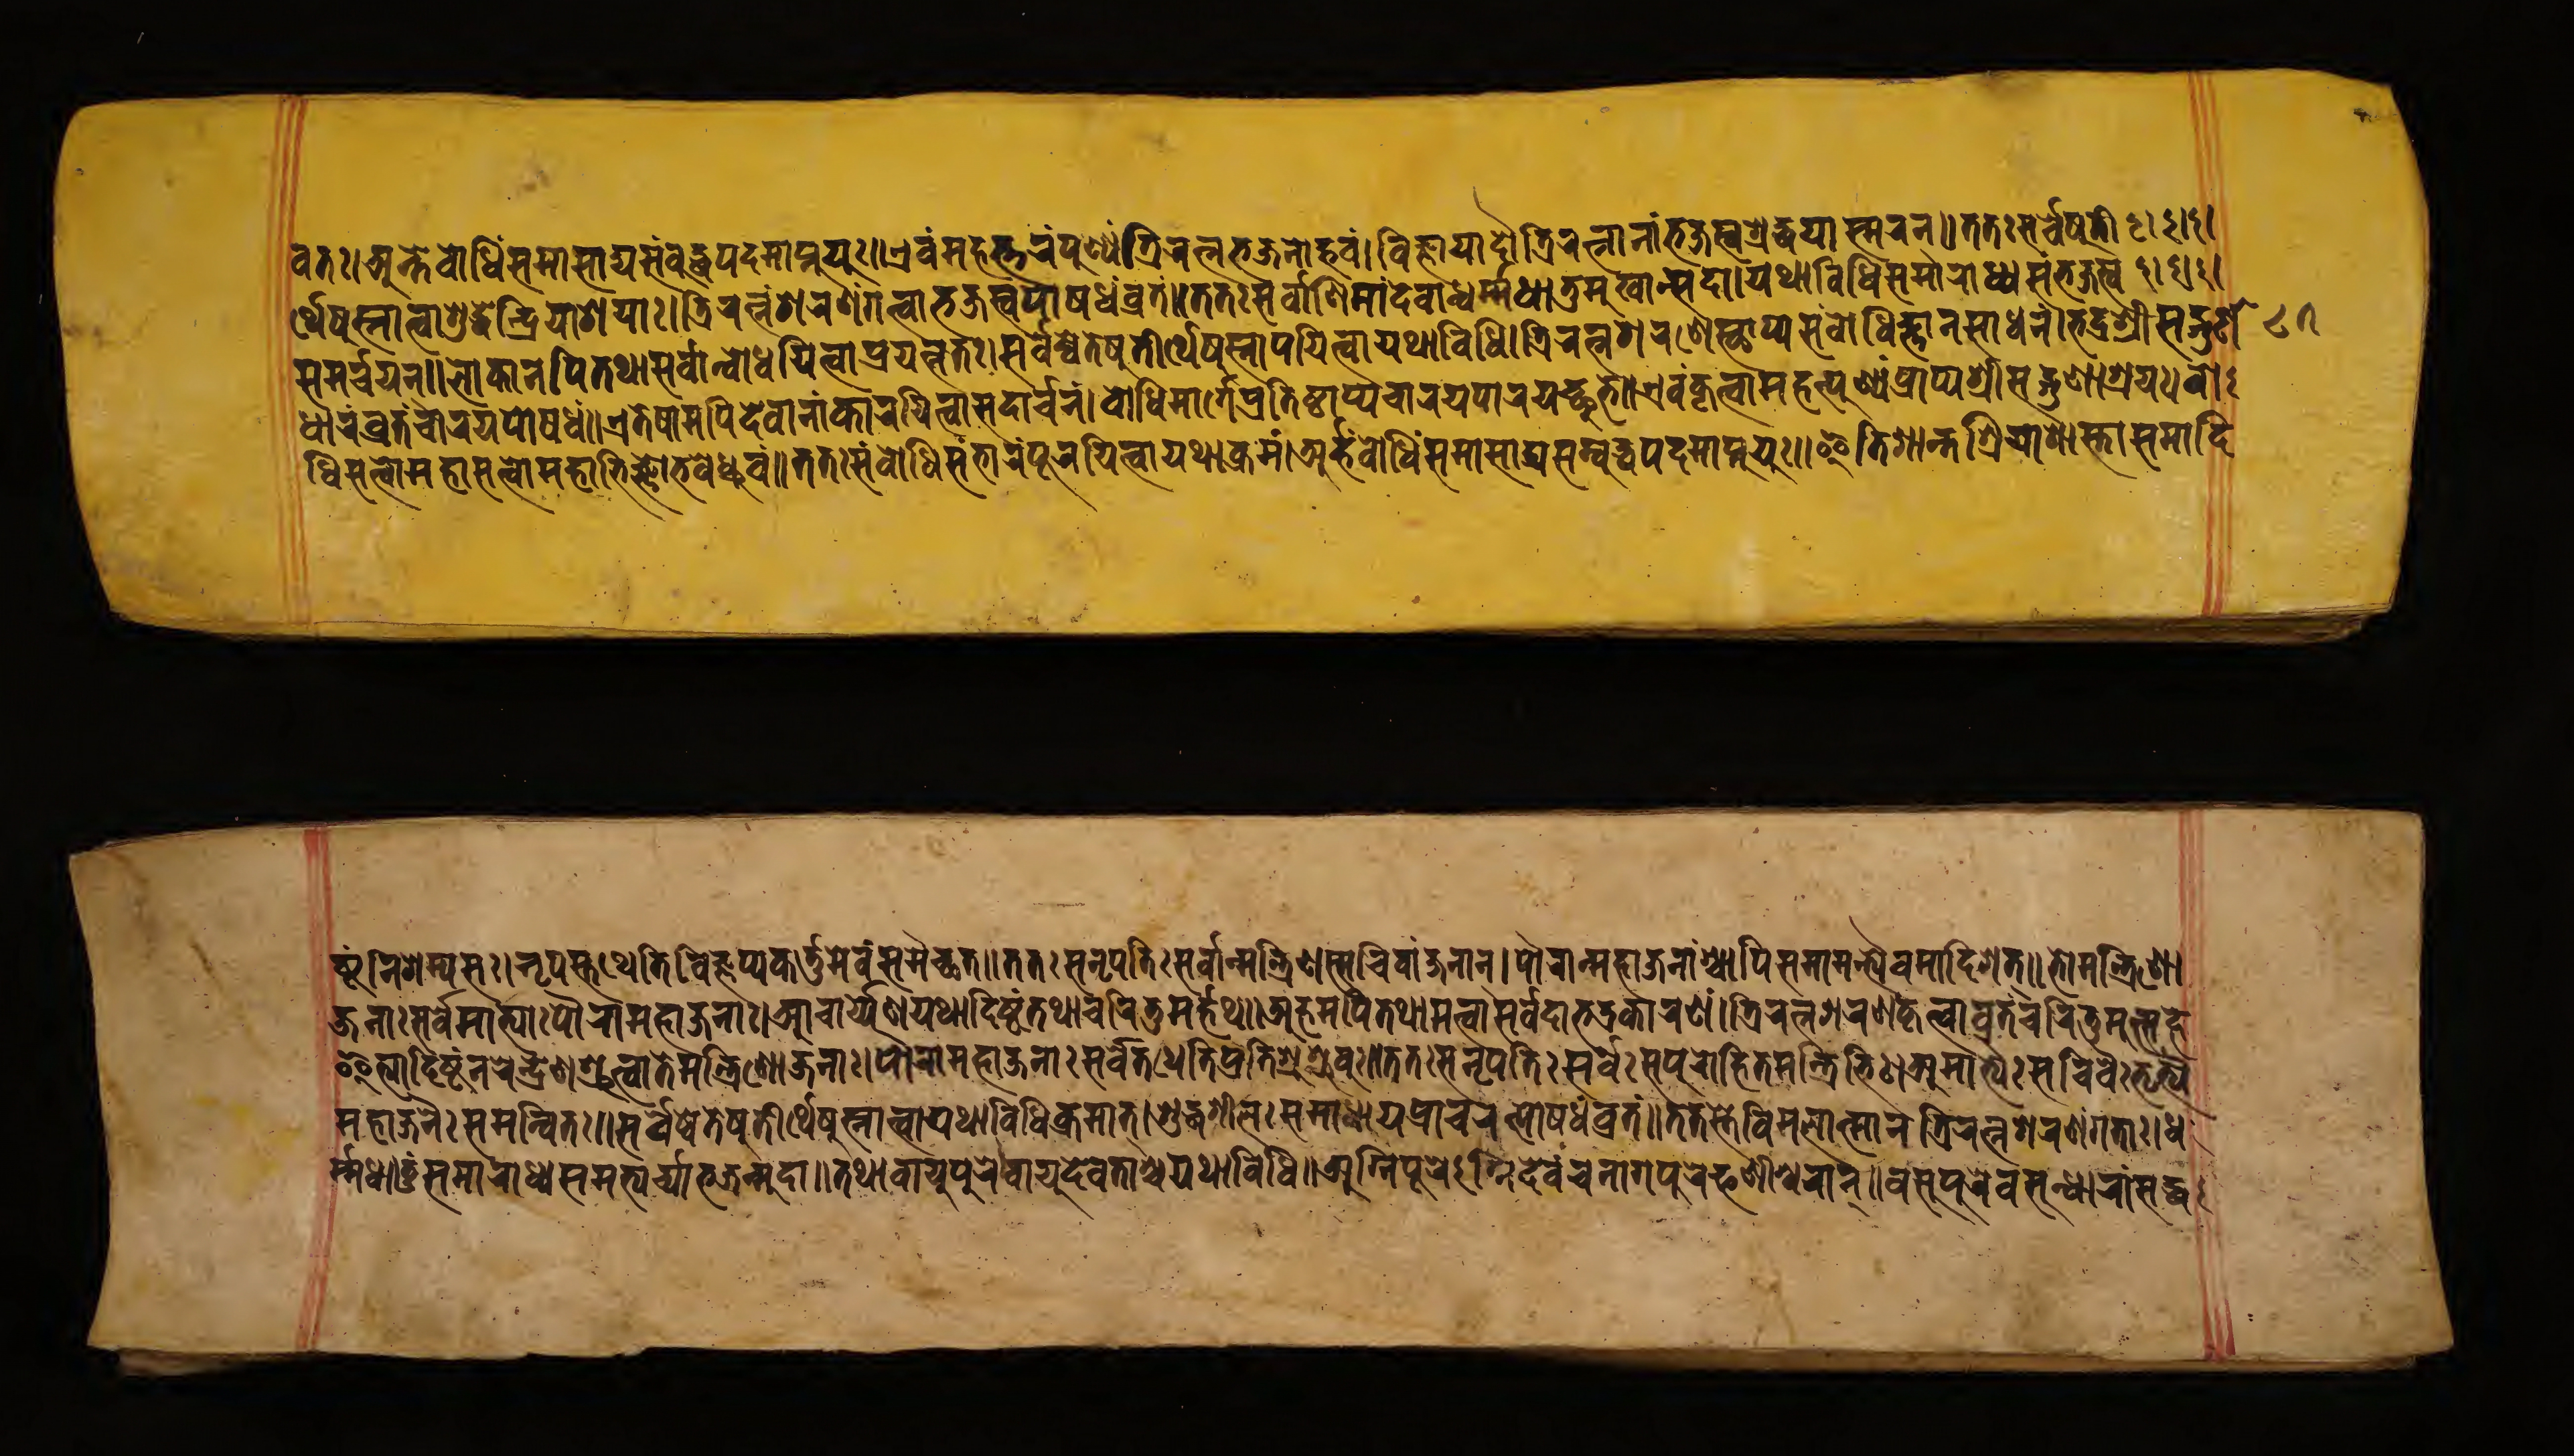
𑐰𑐟𑑅𑑋𑐀𑐣𑑂𑐟𑐾𑐧𑑀𑐢𑐶𑑄𑐳𑐩𑐵𑐳𑐵𑐡𑑂𑐫𑐳𑑄𑐧𑐸𑐡𑑂𑐢𑐥𑐡𑐩𑐵𑐥𑑂𑐣𑐸𑐫𑐸𑑅𑑌𑐊𑐰𑑄𑐩𑐴𑐟𑑂𑐟𑐬𑑄𑐥𑐸𑐞𑑂𑐫𑑄𑐟𑑂𑐬𑐶𑐬𑐟𑑂𑐣𑐨𑐖𑐣𑐵𑐡𑑂𑐨𑐰𑑄𑑋𑐰𑐶𑐖𑑂𑐘𑐵𑐫𑐵𑐡𑑁𑐟𑑂𑐬𑐶𑐬𑐟𑑂𑐣𑐵𑐣𑐵𑑄𑐨𑐖𑐳𑑂𑐰𑐱𑑂𑐬𑐡𑑂𑐢𑐫𑐵𑐳𑑂𑐩𑐬𑐣𑑂𑑌𑐟𑐟𑑅𑐳𑐬𑑂𑐰𑐾𑐲𑐸𑐟𑐷 𑐬𑑂𑐠𑐾𑐲𑐸𑐳𑑂𑐣𑐵𑐟𑑂𑐰𑐵𑐱𑐸𑐡𑑂𑐢𑐾𑐣𑑂𑐡𑑂𑐬𑐶𑐫𑐵𑐱𑐫𑑅𑑋𑐟𑑂𑐬𑐶𑐬𑐟𑑂𑐣𑑄𑐱𑐬𑐞𑑄𑐐𑐟𑑂𑐰𑐵𑐨𑐖𑐳𑑂𑐰𑐥𑑀𑐲𑐢𑑄𑐰𑑂𑐬𑐟𑑄𑑌𑐟𑐟𑑅𑐳𑐬𑑂𑐰𑐵𑐣𑐶𑐩𑐵𑐣𑑂𑐡𑐾𑐰𑐵𑐣𑑂𑐢𑐬𑑂𑐩𑑂𑐩𑐢𑐵𑐟𑐸𑐩𑐸𑐏𑐵𑐣𑑂𑐳𑐡𑐵𑑋𑐫𑐠𑐵𑐰𑐶𑐢𑐶𑐳𑐩𑐵𑐬𑐵𑐢𑑂𑐫𑐳𑑄𑐨𑐖𑐳𑑂𑐰 𑐳𑐩𑐬𑑂𑐔𑐫𑐣𑑂𑑌𑐮𑑀𑐎𑐵𑐣𑐥𑐶𑐟𑐠𑐵𑐳𑐬𑑂𑐰𑐵𑐣𑑂𑐧𑑀𑐢𑐫𑐶𑐟𑑂𑐰𑐵𑐥𑑂𑐬𑐫𑐟𑑂𑐣𑐟𑑅𑑋𑐳𑐬𑑂𑐰𑐾𑐲𑑂𑐰𑐾𑐟𑐾𑐲𑐸𑐟𑐷𑐬𑑂𑐠𑐾𑐲𑐸𑐳𑑂𑐣𑐵𑐥𑐫𑐶𑐟𑑂𑐰𑐵𑐫𑐠𑐵𑐰𑐶𑐢𑐶𑑄𑑌𑐟𑑂𑐬𑐶𑐬𑐟𑑂𑐣𑐱𑐬𑐞𑐾𑐳𑑂𑐠𑐵𑐥𑑂𑐫𑐳𑑄𑐧𑑀𑐢𑐶𑐖𑑂𑐘𑐵𑐣𑐳𑐵𑐢𑐣𑑄𑑋𑐨𑐡𑑂𑐱𑑂𑐬𑐷𑐳𑐟𑑂𑐐𑐸𑐞𑐵𑐢𑐵 𑐬𑑄𑐔𑐵𑐬𑐫𑐥𑑀𑐲𑐢𑑄𑐰𑑂𑐬𑐟𑑄𑑌𑐊𑐟𑐾𑐲𑐵𑐩𑐥𑐶𑐡𑐾𑐰𑐵𑐣𑐵𑑄𑐎𑐵𑐬𑐫𑐶𑐟𑑂𑐰𑐵𑐳𑐡𑐵𑐬𑑂𑐔𑐣𑑄𑑋𑐧𑑀𑐢𑐶𑐩𑐵𑐬𑑂𑐐𑐾𑐥𑑂𑐬𑐟𑐶𑐲𑑂𑐛𑐵𑐥𑑂𑐫𑐔𑐵𑐬𑐫𑐥𑐵𑐮𑐫𑐘𑑂𑐕𑐸𑐨𑐾𑑌𑐊𑐰𑑄𑐎𑐺𑐟𑑂𑐰𑐵𑐩𑐴𑐟𑑂𑐥𑐸𑐞𑑂𑐫𑑄𑐥𑑂𑐬𑐵𑐥𑑂𑐫𑐱𑑂𑐬𑐷𑐳𑐡𑑂𑐐𑐸𑐞𑐵𑐱𑑂𑐬𑐫𑑅𑑋𑐧𑑀 𑐢𑐶𑐳𑐟𑑂𑐟𑑂𑐰𑐩𑐴𑐵𑐳𑐟𑑂𑐟𑑂𑐰𑐩𑐴𑐵𑐨𑐶𑐖𑑂𑐘𑐵𑐨𑐰𑐾𑐡𑑂𑐢𑑂𑐬𑐸𑐰𑑄𑑌𑐟𑐟𑑅𑐳𑑄𑐧𑑀𑐢𑐶𑐳𑑄𑐨𑐵𑐬𑑄𑐥𑐹𑐬𑐫𑐶𑐟𑑂𑐰𑐵𑐫𑐠𑐵𑐎𑑂𑐬𑐩𑑄𑑋𑐀𑐬𑑂𑐴𑐣𑑂𑐧𑑀𑐢𑐶𑑄𑐳𑐩𑐵𑐳𑐵𑐡𑑂𑐫𑐳𑑄𑐧𑐸𑐡𑑂𑐢𑐥𑐡𑐩𑐵𑐥𑑂𑐣𑐸𑐫𑐵𑑅𑑌𑐂𑐟𑐶𑐱𑐵𑐣𑑂𑐟𑐱𑑂𑐬𑐶𑐫𑐵𑐱𑐵𑐳𑑂𑐟𑐵𑐳𑐩𑐵𑐡𑐶 𑐲𑑂𑐚𑑄𑐣𑐶𑐱𑐩𑑂𑐫𑐳𑑅𑑋𑐣𑐺𑐥𑐳𑑂𑐟𑐠𑐾𑐟𑐶𑐰𑐶𑐖𑑂𑐘𑐥𑑂𑐫𑐎𑐬𑑂𑐟𑐸𑐩𑐾𑐰𑑄𑐳𑐩𑐿𑐔𑑂𑐕𑐟𑑌𑐟𑐟𑑅𑐳𑐣𑐺𑐥𑐟𑐶𑑅𑐳𑐬𑑂𑐰𑐵𑐣𑑂𑐩𑐣𑑂𑐟𑑂𑐬𑐶𑐞𑐳𑑂𑐳𑐔𑐶𑐰𑐵𑐘𑑂𑐖𑐣𑐵𑐣𑑂𑑋𑐥𑑁𑐬𑐵𑐣𑑂𑐩𑐴𑐵𑐖𑐣𑐵𑐱𑑂𑐔𑐵𑐥𑐶𑐳𑐩𑐵𑐩𑐣𑑂𑐟𑑂𑐬𑐫𑐿𑐰𑐩𑐵𑐡𑐶𑐱𑐟𑑂𑑌𑑘𑑋𑐨𑑀𑐩𑐣𑑂𑐟𑑂𑐬𑐶𑐞𑑀 𑐖𑐣𑐵𑑅𑐳𑐬𑑂𑐰𑐾𑐩𑐵𑐟𑑂𑐫𑐵𑑅𑐥𑑁𑐬𑐵𑐩𑐴𑐵𑐖𑐣𑐵𑑅𑑋𑐁𑐔𑐵𑐬𑑂𑐫𑐾𑐣𑐫𑐠𑐵𑐡𑐶𑐲𑑂𑐚𑑄𑐟𑐠𑐵𑐔𑐬𑐶𑐟𑐸𑐩𑐬𑑂𑐴𑐠𑑌𑐀𑐴𑐩𑐥𑐶𑐟𑐠𑐵𑐢𑐺𑐟𑑂𑐰𑐵𑐳𑐬𑑂𑐰𑐡𑐵𑐨𑐡𑑂𑐬𑐎𑐵𑐬𑐞𑑄𑑋𑐟𑑂𑐬𑐶𑐬𑐟𑑂𑐣𑐱𑐬𑐞𑑄𑐎𑐺𑐟𑑂𑐰𑐵𑐰𑑂𑐬𑐟𑑄𑐔𑐬𑐶𑐟𑐸𑐩𑐸𑐟𑑂𑐳𑐴𑐾 𑐂𑐟𑑂𑐫𑐵𑐡𑐶𑐲𑑂𑐚𑑄𑐣𑐬𑐾𑐣𑑂𑐡𑑂𑐬𑐾𑐞𑐱𑑂𑐬𑐸𑐟𑑂𑐰𑐵𑐟𑐾𑐩𑐣𑑂𑐟𑑂𑐬𑐶𑐞𑑀𑐖𑐣𑐵𑑅𑑋𑐥𑑁𑐬𑐵𑐩𑐴𑐵𑐖𑐣𑐵𑑅𑐳𑐬𑑂𑐰𑐟𑐠𑐾𑐟𑐶𑐥𑑂𑐬𑐟𑐶𑐱𑐸𑐱𑑂𑐬𑐸𑐰𑐸𑑅𑑌𑐟𑐟𑑅𑐳𑐣𑐺𑐥𑐟𑐶𑑅𑐳𑐬𑑂𑐰𑐾𑑅𑐳𑐥𑐸𑐬𑑀𑐴𑐶𑐟𑐩𑐣𑑂𑐟𑑂𑐬𑐶𑐨𑐶𑑅𑑋𑐀𑐩𑐵𑐟𑑂𑐫𑐿𑑅𑐳𑐔𑐶𑐰𑐿𑑅𑐨𑐹𑐨𑑂𑐫 𑐩𑐴𑐵𑐖𑐣𑐿𑑅𑐳𑐩𑐣𑑂𑐰𑐶𑐟𑑅𑑌𑐳𑐬𑑂𑐰𑐾𑐲𑑂𑐰𑐾𑐟𑐾𑐲𑐸𑐟𑐷𑐬𑑂𑐠𑐾𑐲𑐸𑐳𑑂𑐣𑐵𑐟𑑂𑐰𑐵𑐫𑐠𑐵𑐰𑐶𑐢𑐶𑐎𑑂𑐬𑐩𑐵𑐟𑑂𑑋𑐱𑐸𑐡𑑂𑐢𑐱𑐷𑐮𑑅𑐳𑐩𑐵𑐢𑐵𑐫𑐥𑑂𑐬𑐵𑐔𑐬𑐟𑑂𑐥𑑀𑐲𑐢𑑄𑐰𑑂𑐬𑐟𑑄𑑌𑐟𑐟𑐳𑑂𑐳𑐰𑐶𑐩𑐮𑐵𑐟𑑂𑐩𑐵𑐣𑐟𑑂𑐬𑐶𑐬𑐟𑑂𑐣𑐱𑐬𑐞𑑄𑐐𑐟𑐵𑑅𑑋𑐢 𑐬𑑂𑐩𑐢𑐵𑐟𑐸𑑄𑐳𑐩𑐵𑐬𑐵𑐢𑑂𑐫𑐳𑐩𑐨𑑂𑐫𑐬𑑂𑐔𑑂𑐫𑐨𑐶𑐖𑐣𑑂𑐩𑐸𑐡𑐵𑑌𑐟𑐠𑐵𑐰𑐵𑐫𑐸𑐥𑐸𑐬𑐾𑐰𑐵𑐫𑐸𑐡𑐾𑐰𑐟𑐵𑑄𑐱𑑂𑐔𑐫𑐠𑐵𑐰𑐶𑐢𑐶𑑋𑐀𑐐𑑂𑐣𑐶𑐥𑐸𑐬𑐾𑐐𑑂𑐣𑐶𑐡𑐾𑐰𑑄𑐔𑐣𑐵𑐐𑐥𑐸𑐬𑐾𑐦𑐞𑐾𑐱𑑂𑐰𑐬𑐵𑐣𑑂𑑌𑐰𑐳𑐸𑐥𑐸𑐬𑐾𑐰𑐳𑐸𑐣𑑂𑐢𑐵𑐬𑐵𑑄𑐳𑐡𑑂𑐢 𑑘𑑗